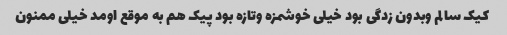
کیک سالم وبدون زدگی بود خیلی خوشمزه وتازه بود پیک هم به موقع اومد خیلی ممنون